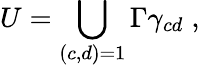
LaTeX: U=\bigcup_{(c,d)=1}\Gamma\gamma_{cd}\; ,